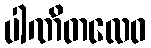
ပါဏိတလေဝ